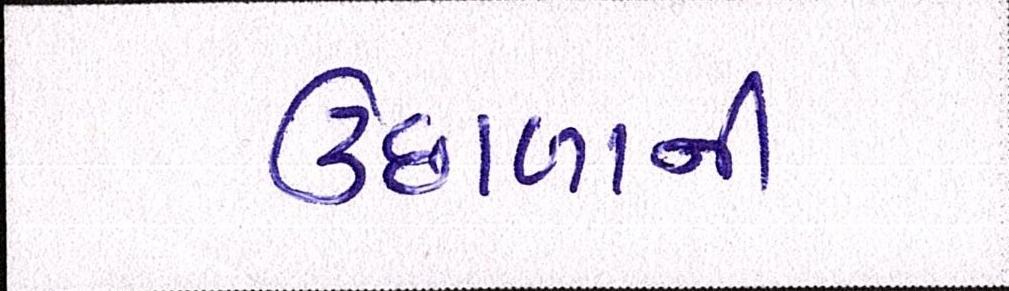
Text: ઉછાળાની